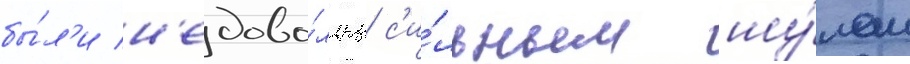
бы́л'и н'едово́льны с'и́льным шу́мом